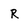
Character: R